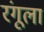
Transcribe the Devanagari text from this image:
रंगूला